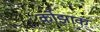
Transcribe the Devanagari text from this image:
कोझाक